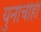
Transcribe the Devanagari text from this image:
युनोचीही